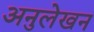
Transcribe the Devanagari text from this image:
अनुलेखन